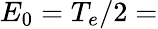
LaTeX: E_{0}=T_{e}/2=